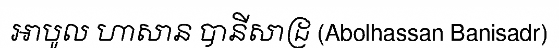
អាបូល ហាសាន បានីសាដ្រ (Abolhassan Banisadr)